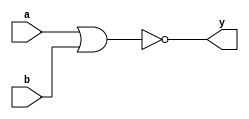
`timescale 1ns/1ns

module norl(a, b, y);
	input  [7:0] a, b;
	output [7:0] y;
	reg    [7:0] y;
	
	always@(a or b) begin
		y <= a ~| b;
	end
	
endmodule